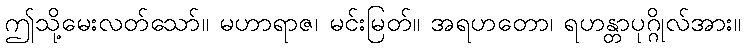
ဤသို့မေးလတ်သော်။ မဟာရာဇ၊ မင်းမြတ်။ အရဟတော၊ ရဟန္တာပုဂ္ဂိုလ်အား။